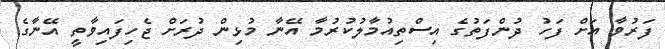
ފަރުވާ އަށް ފަހު ދުންފަތުގެ އިސްތިއުމާލުކުރުމާ އޭނާ މުޅިން ދުރަށް ޖެހިފައިވާތީ އޭނާގެ